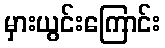
မှားယွင်းကြောင်း